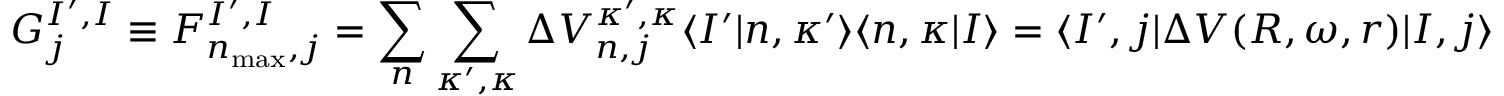
G _ { j } ^ { I ^ { \prime } , I } \equiv F _ { n _ { \mathrm { m a x } } , j } ^ { I ^ { \prime } , I } = \sum _ { n } \sum _ { \kappa ^ { \prime } , \kappa } \Delta V _ { n , j } ^ { \kappa ^ { \prime } , \kappa } \langle I ^ { \prime } | n , \kappa ^ { \prime } \rangle \langle n , \kappa | I \rangle = \langle I ^ { \prime } , j | \Delta V ( R , \omega , r ) | I , j \rangle